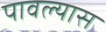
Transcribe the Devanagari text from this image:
पावल्यास